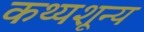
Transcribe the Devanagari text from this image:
कथ्यशून्य